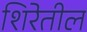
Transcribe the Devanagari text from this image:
शिरेतील